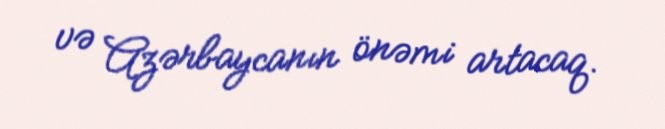
və Azərbaycanın önəmi artacaq.